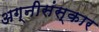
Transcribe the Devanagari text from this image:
अग्नीसंस्कार